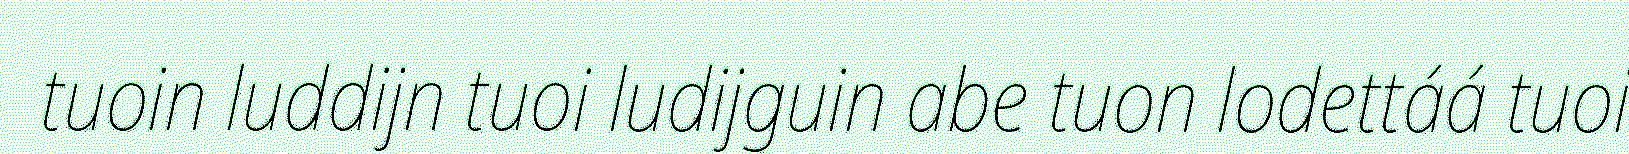
tuoin luddijn tuoi ludijguin abe tuon lodettáá tuoi